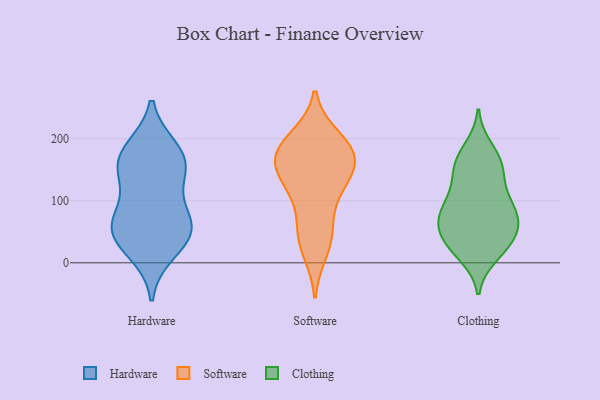
{"axis": {"x": "Waste Production (Tons)", "y": "Value"}, "legend": ["Clothing", "Hardware", "Software"], "data": [{"x": "", "y": 54, "type": "Hardware"}, {"x": "", "y": 18, "type": "Hardware"}, {"x": "", "y": 51, "type": "Hardware"}, {"x": "", "y": 135, "type": "Hardware"}, {"x": "", "y": 182, "type": "Hardware"}, {"x": "", "y": 172, "type": "Hardware"}, {"x": "", "y": 148, "type": "Hardware"}, {"x": "", "y": 63, "type": "Hardware"}, {"x": "", "y": 46, "type": "Hardware"}, {"x": "", "y": 78, "type": "Hardware"}, {"x": "", "y": 167, "type": "Hardware"}, {"x": "", "y": 100, "type": "Software"}, {"x": "", "y": 48, "type": "Software"}, {"x": "", "y": 130, "type": "Software"}, {"x": "", "y": 200, "type": "Software"}, {"x": "", "y": 171, "type": "Software"}, {"x": "", "y": 148, "type": "Software"}, {"x": "", "y": 47, "type": "Software"}, {"x": "", "y": 184, "type": "Software"}, {"x": "", "y": 171, "type": "Software"}, {"x": "", "y": 131, "type": "Software"}, {"x": "", "y": 20, "type": "Software"}, {"x": "", "y": 190, "type": "Software"}, {"x": "", "y": 165, "type": "Software"}, {"x": "", "y": 40, "type": "Clothing"}, {"x": "", "y": 130, "type": "Clothing"}, {"x": "", "y": 40, "type": "Clothing"}, {"x": "", "y": 12, "type": "Clothing"}, {"x": "", "y": 163, "type": "Clothing"}, {"x": "", "y": 59, "type": "Clothing"}, {"x": "", "y": 84, "type": "Clothing"}, {"x": "", "y": 112, "type": "Clothing"}, {"x": "", "y": 63, "type": "Clothing"}, {"x": "", "y": 43, "type": "Clothing"}, {"x": "", "y": 86, "type": "Clothing"}, {"x": "", "y": 77, "type": "Clothing"}, {"x": "", "y": 144, "type": "Clothing"}, {"x": "", "y": 93, "type": "Clothing"}, {"x": "", "y": 16, "type": "Clothing"}, {"x": "", "y": 29, "type": "Clothing"}, {"x": "", "y": 158, "type": "Clothing"}, {"x": "", "y": 185, "type": "Clothing"}, {"x": "", "y": 78, "type": "Clothing"}, {"x": "", "y": 166, "type": "Clothing"}]}